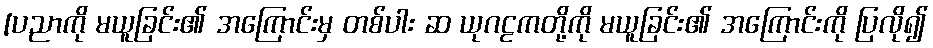
[ပညာကို မယူခြင်း၏ အကြောင်းမှ တစ်ပါး ဆ ယုဂဠကတို့ကို မယူခြင်း၏ အကြောင်းကို ပြလို၍